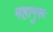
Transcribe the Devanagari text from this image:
महागुरुः